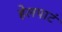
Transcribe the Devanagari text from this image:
हेलपाटं